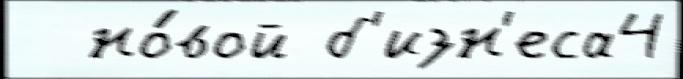
  но́вой б'изн'еса4